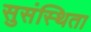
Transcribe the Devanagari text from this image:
सुसंस्थिता